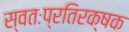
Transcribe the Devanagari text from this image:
स्वतःप्रतिरक्षक